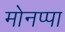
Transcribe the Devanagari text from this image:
मोनप्पा